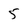
Character: 5